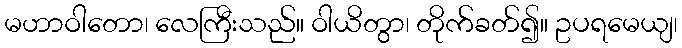
မဟာဝါတော၊ လေကြီးသည်။ ဝါယိတွာ၊ တိုက်ခတ်၍။ ဥပရမေယျ၊